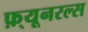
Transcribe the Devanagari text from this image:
फ़्यूनरल्स